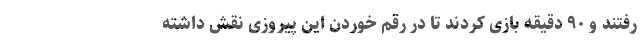
رفتند و ۹۰ دقیقه بازی کردند تا در رقم خوردن این پیروزی نقش داشته